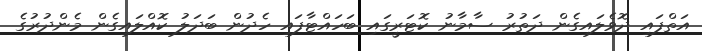
އަތްފައި ދޮވެލައިގެން ދަތުރު ސާމާނު ކޮޓަރީގައި ބަހައްޓާފައި ހެދުން ބަދަލު ކޮއްލައިގެން މެންދުރުގެ